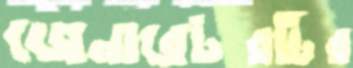
জেনারেটরটির